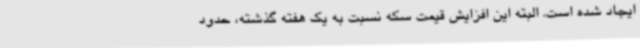
ایجاد شده است. البته این افزایش قیمت سکه نسبت به یک هفته گذشته، حدود